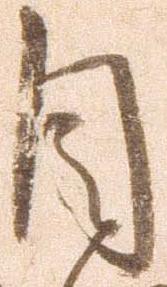
目